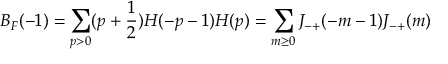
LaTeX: B _ { F } ( - 1 ) = \sum _ { p > 0 } ( p + \frac { 1 } { 2 } ) H ( - p - 1 ) H ( p ) = \sum _ { m \ge 0 } J _ { - + } ( - m - 1 ) J _ { - + } ( m )